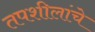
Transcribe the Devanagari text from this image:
तपशीलांचे